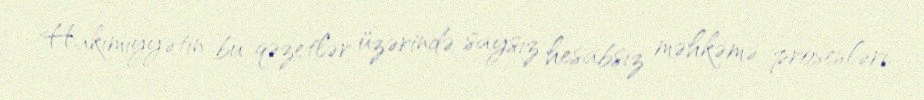
Hakimiyyətin bu qəzetlər üzərində saysız hesabsız məhkəmə prosesləri,